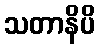
သတာနိပိ